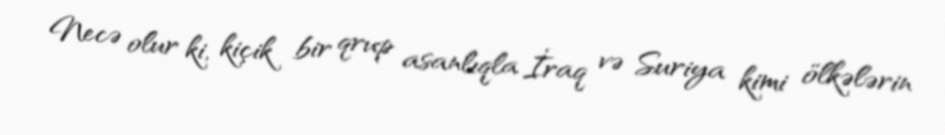
Necə olur ki, kiçik bir qrup asanlıqla İraq və Suriya kimi ölkələrin